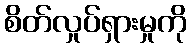
စိတ်လှုပ်ရှားမှုကို